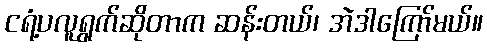
ငရံ့ပလူရွက်ဆိုတာက ဆန်းတယ်၊ အဲဒါကြော်မယ်။